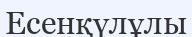
Есенқүлұлы